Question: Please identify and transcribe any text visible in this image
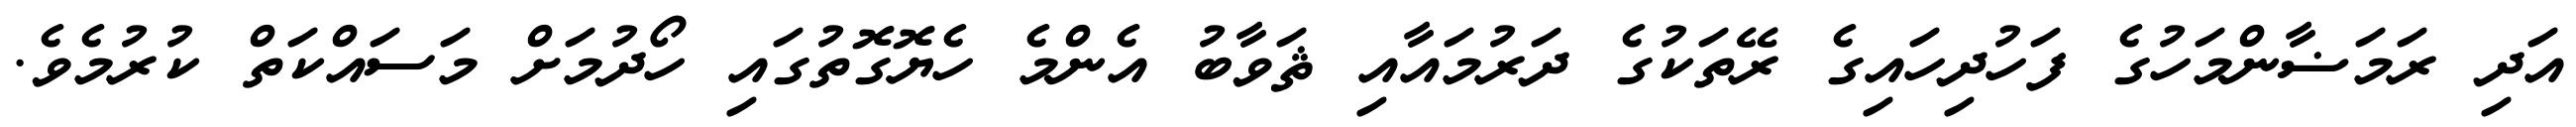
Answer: އަދި ރަމަޟާންމަހުގެ ފަހުދިހައިގެ ރޭތަކުގެ ދަރުމައާއި ޘަވާބު އެންމެ ހެޔޮގޮތުގައި ހޯދުމަށް މަސައްކަތް ކުރުމެވެ.